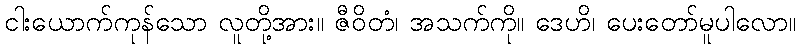
ငါးယောက်ကုန်သော လူတို့အား။ ဇီဝိတံ၊ အသက်ကို။ ဒေဟိ၊ ပေးတော်မူပါလော။